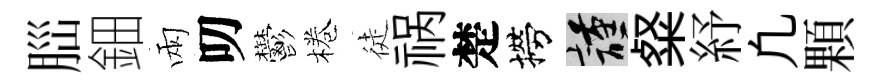
𦛁鈿兩叨鬱棬徒祸楚撈謹粲紓凢顆